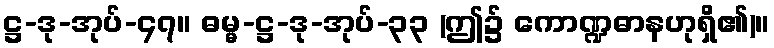
ဋ္ဌ-ဒု-အုပ်-၄၇။ ဓမ္မ-ဋ္ဌ-ဒု-အုပ်-၃၃ (ဤ၌ ကောဏ္ဍဓာနဟုရှိ၏)။